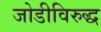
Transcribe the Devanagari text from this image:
जोडीविरुद्ध